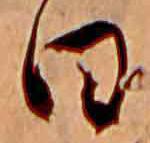
日